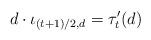
LaTeX: \begin{align*}d\cdot \iota_{(t+1)/2,d} = \tau'_t(d)\end{align*}